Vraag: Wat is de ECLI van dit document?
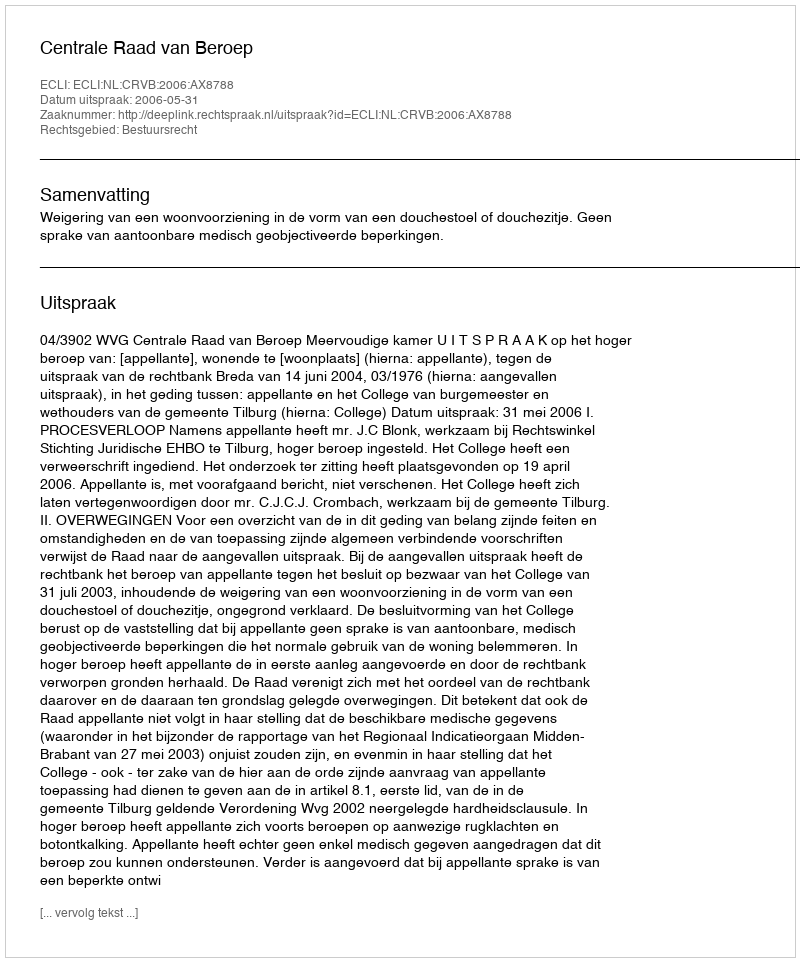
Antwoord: ECLI:NL:CRVB:2006:AX8788